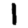
Digit: 1